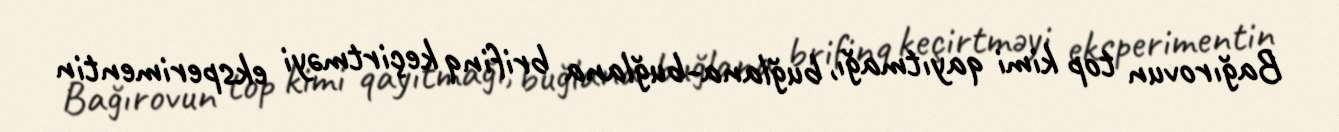
Bağırovun top kimi qayıtmağı, buğlana-buğlana brifinq keçirtməyi eksperimentin